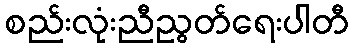
စည်းလုံးညီညွတ်ရေးပါတီ